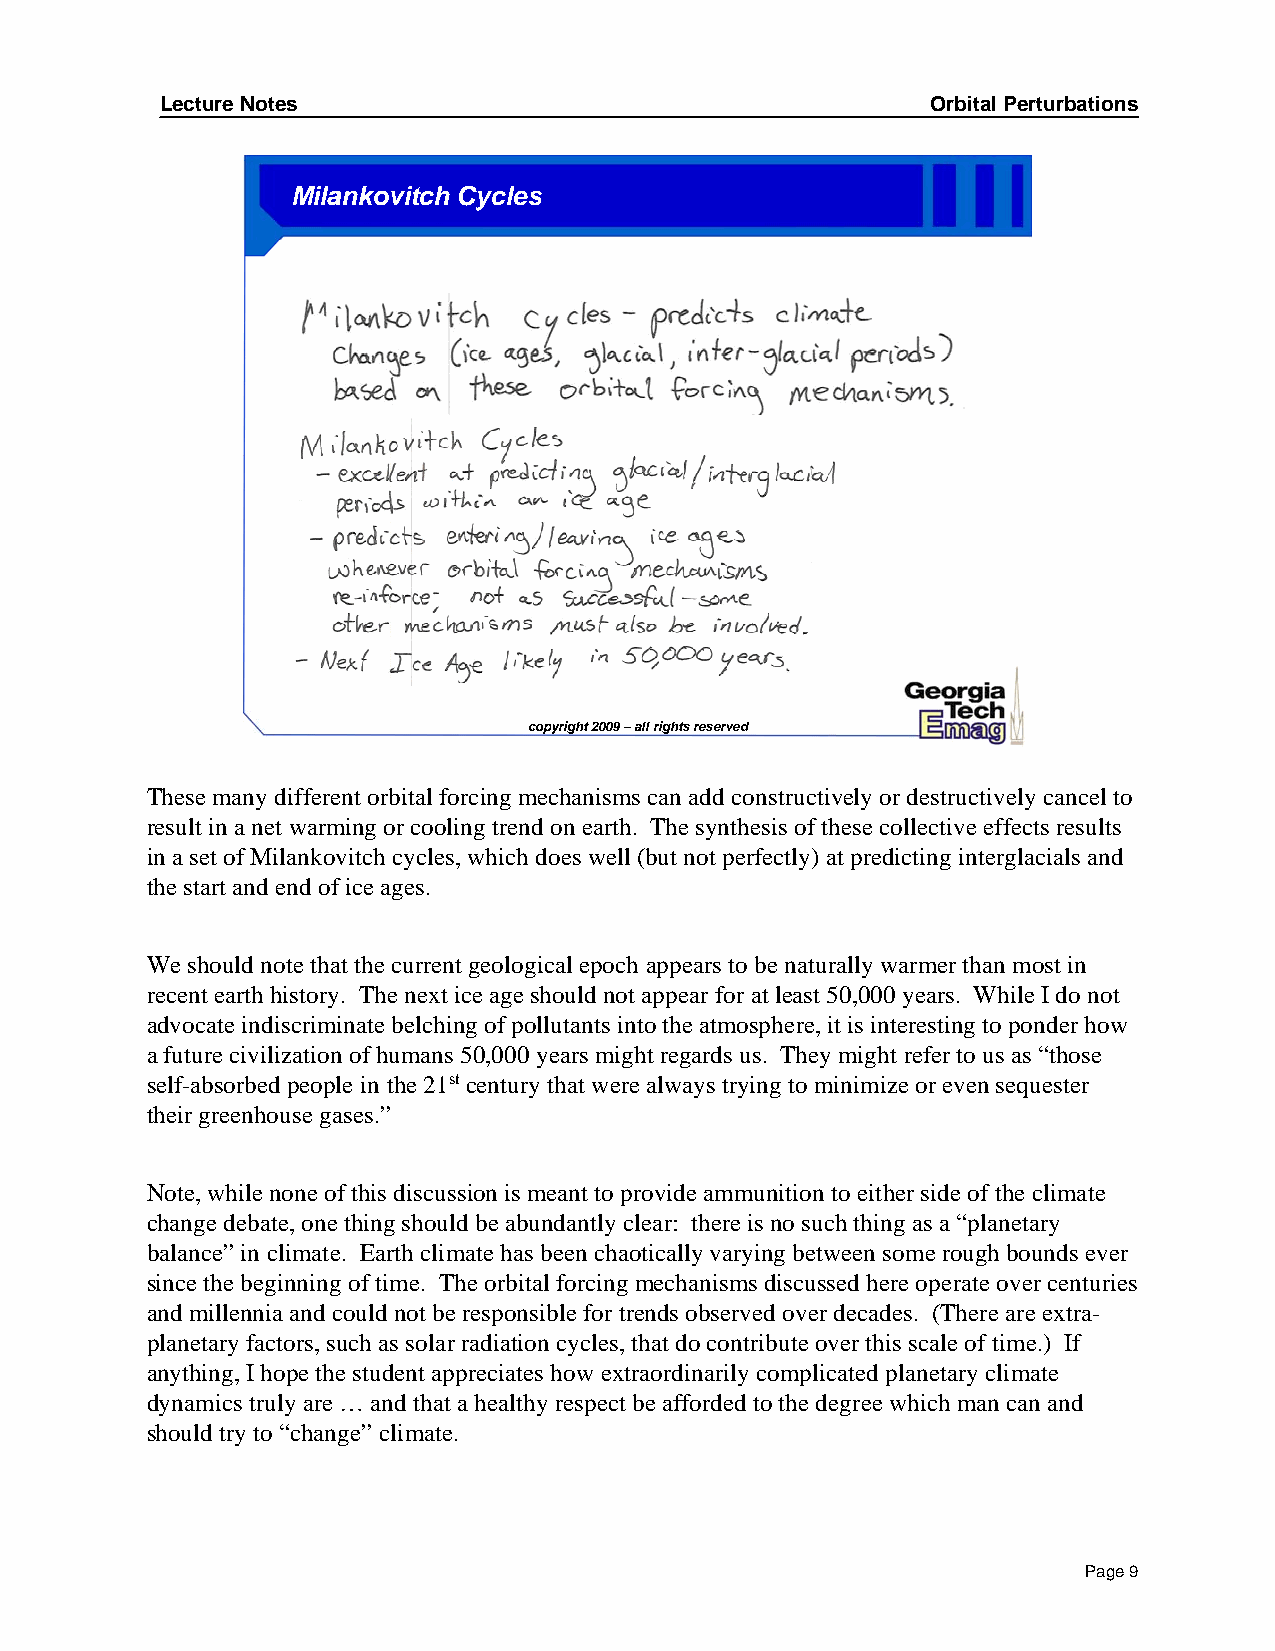
Lecture Notes                                      Orbital Perturbations
 Milankovitch Cycles
 copyright 2009 –all rights reserved
 These many different orbital forcing mechanisms can add constructively or destructively cancel to
 result in a net warming or cooling trend on earth. The synthesis of these collective effects results
 in a set of Milankovitch cycles, which does well (but not perfectly) at predicting interglacials and
 the start and end of ice ages.
 We should note that the current geological epoch appears to be naturally warmer than most in
 recent earth history. The next ice age should not appear for at least 50,000 years. While I do not
 advocate indiscriminate belching of pollutants into the atmosphere, it is interesting to ponder how
 a future civilization of humans 50,000 years might regards us. They might refer to us as “those
 self-absorbed people in the 21st century that were always trying to minimize or even sequester
 their greenhouse gases.”
 Note, while none of this discussion is meant to provide ammunition to either side of the climate
 change debate, one thing should be abundantly clear: there is no such thing as a “planetary
 balance” in climate. Earth climate has been chaotically varying between some rough bounds ever
 since the beginning of time. The orbital forcing mechanisms discussed here operate over centuries
 and millennia and could not be responsible for trends observed over decades. (There are extra-
 planetary factors, such as solar radiation cycles, that do contribute over this scale of time.) If
 anything, I hope the student appreciates how extraordinarily complicated planetary climate
 dynamics truly are … and that a healthy respect be afforded to the degree which man can and
 should try to “change” climate.
 Page 9